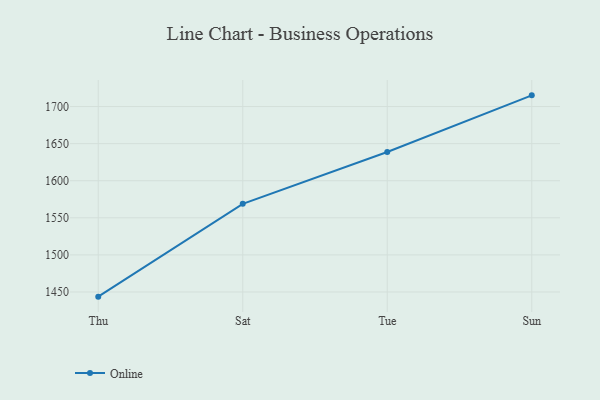
{"axis": {"x": "Day", "y": "Energy Usage (MWh)"}, "legend": ["Online"], "data": [{"x": "Thu", "y": 1443.7, "type": "Online"}, {"x": "Sat", "y": 1568.8, "type": "Online"}, {"x": "Tue", "y": 1638.7, "type": "Online"}, {"x": "Sun", "y": 1715.1, "type": "Online"}]}